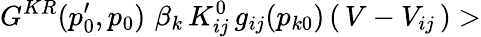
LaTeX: G^{KR}(p_{0}^{\prime},p_{0})\, \, \beta_{k}\, K_{ij}^{0}\, g_{ij}(p_{k0})\, (\, V-V_{ij}\, )>